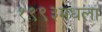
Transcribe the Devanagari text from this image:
१९९३मधला